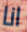
انا